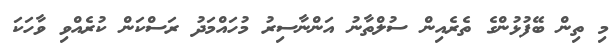
މި ތިން ބޭފުޅުންގެ ތެރެއިން ސުލްތާނު އަންނާސިރު މުހައްމަދު ރަސްކަން ކުރެއްވި ވާހަކަ